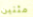
مئتين